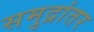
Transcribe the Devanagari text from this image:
समुद्रांतर